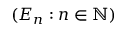
( E _ { n } : n \in \mathbb { N } )